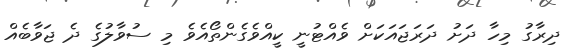
ދިރާގު މިހާ ދަށު ދަރަޖައަކަށް ވެއްޓުނީ ކީއްވެގެންތޯއެވެ މި ސުވާލުގެ ދެ ޖަވާބެއް